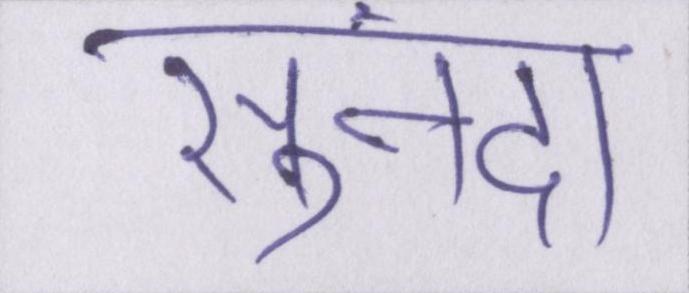
सुनंदा